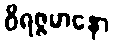
ဝိရဇ္ဇမာနော